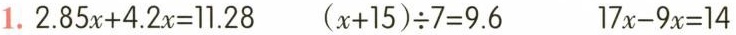
1.$$2.85x+4.2x=11.28$$ $$(x+15)\div 7=9.6$$ $$17x-9x=14$$